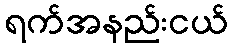
ရက်အနည်းငယ်